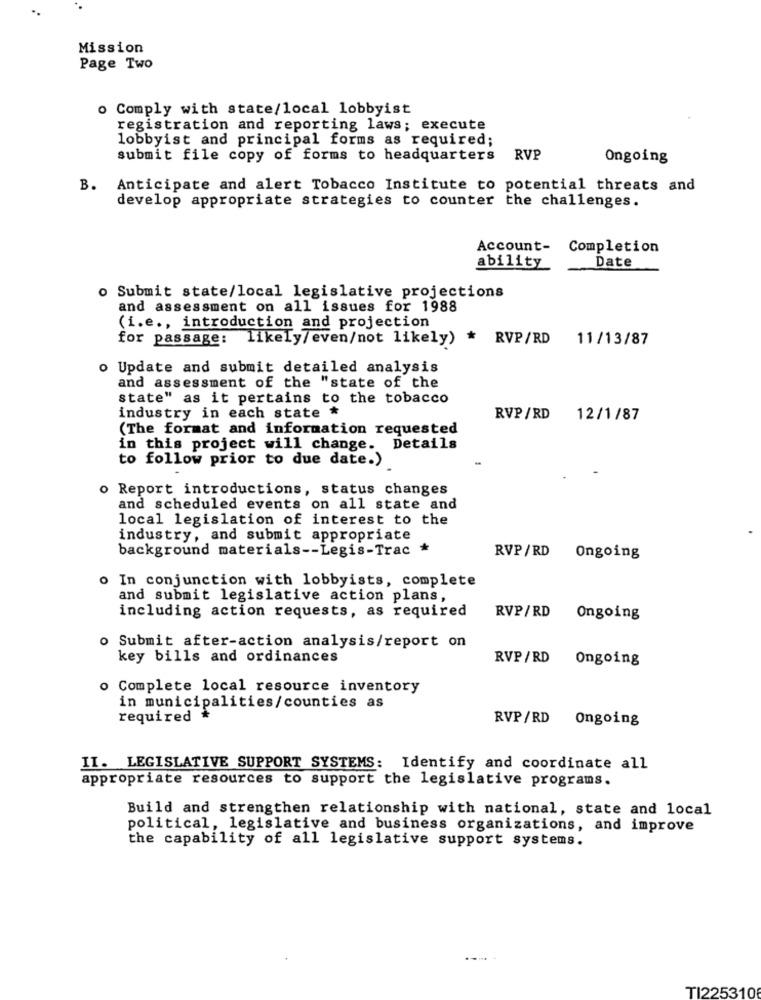
Mission
Page Two
o Comply with state/local lobbyist
registration and reporting laws; execute
lobbyist and principal forms as required;
submit file copy of forms to headquarters
RVP
Ongoing
B.
Anticipate and alert Tobacco Institute to potential threats and
develop appropriate strategies to counter the challenges.
Account- Completion
Date
ability
o Submit state/local legislative projections
and assessment on all issues for 1988
(i.e ., introduction and projection
for passage: likely/even/not likely)
* RVP/RD 11/13/87
o Update and submit detailed analysis
and assessment of the "state of the
state" as it pertains to the tobacco
industry in each state *
RVP /RD
12/1/87
(The format and information requested
in this project will change. Details
to follow prior to due date.)
o Report introductions, status changes
and scheduled events on all state and
local legislation of interest to the
industry, and submit appropriate
background materials -- Legis-Trac *
RVP/RD Ongoing
o In conjunction with lobbyists, complete
and submit legislative action plans,
including action requests, as required
RVP/RD
Ongoing
o Submit after-action analysis/report on
key bills and ordinances
RVP/RD
Ongoing
o Complete local resource inventory
in municipalities/counties as
required *
RVP/RD Ongoing
II. LEGISLATIVE SUPPORT SYSTEMS: Identify and coordinate all
appropriate resources to support the legislative programs.
Build and strengthen relationship with national, state and local
political, legislative and business organizations, and improve
the capability of all legislative support systems.
TI225310